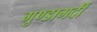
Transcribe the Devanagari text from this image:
गुण्डागर्दी